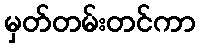
မှတ်တမ်းတင်ကာ